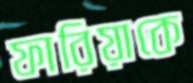
ফারিয়াকে